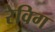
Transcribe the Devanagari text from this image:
रेविग